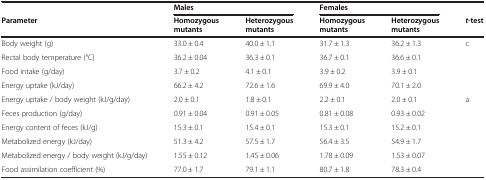
|  | <COLSPAN=2> Males | <COLSPAN=2> Females |  |
 | Parameter | Homozygous mutants | Heterozygous mutants | Homozygous mutants | Heterozygous mutants | t-test |
 | --- | --- | --- | --- | --- | --- |
 | Body weight (g) | 33.0 ± 0.4 | 40.0 ± 1.1 | 31.7 ± 1.3 | 36.2 ± 1.3 | c |
 | Rectal body temperature (°C) | 36.2 ± 0.04 | 36.3 ± 0.1 | 36.7 ± 0.1 | 36.6 ± 0.1 |  |
 | Food intake (g/day) | 3.7 ± 0.2 | 4.1 ± 0.1 | 3.9 ± 0.2 | 3.9 ± 0.1 |  |
 | Energy uptake (kJ/day) | 66.2 ± 4.2 | 72.6 ± 1.6 | 69.9 ± 4.0 | 70.1 ± 2.0 |  |
 | Energy uptake / body weight (kJ/g/day) | 2.0 ± 0.1 | 1.8 ± 0.1 | 2.2 ± 0.1 | 2.0 ± 0.1 | a |
 | Feces production (g/day) | 0.91 ± 0.04 | 0.91 ± 0.05 | 0.81 ± 0.08 | 0.93 ± 0.02 |  |
 | Energy content of feces (kJ/g) | 15.3 ± 0.1 | 15.4 ± 0.1 | 15.3 ± 0.1 | 15.2 ± 0.1 |  |
 | Metabolized energy (kJ/day) | 51.3 ± 4.2 | 57.5 ± 1.7 | 56.4 ± 3.5 | 54.9 ± 1.7 |  |
 | Metabolized energy / body weight (kJ/g/day) | 1.55 ± 0.12 | 1.45 ± 0.06 | 1.78 ± 0.09 | 1.53 ± 0.07 |  |
 | Food assimilation coefficient (%) | 77.0 ± 1.7 | 79.1 ± 1.1 | 80.7 ± 1.8 | 78.3 ± 0.4 |  |